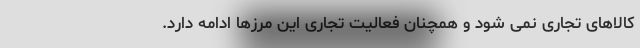
کالاهای تجاری نمی شود و همچنان فعالیت تجاری این مرزها ادامه دارد.